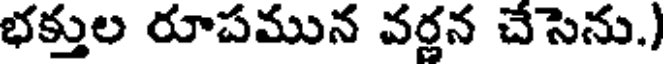
భక్తుల రూపమున వర్ణన చేసెను.)